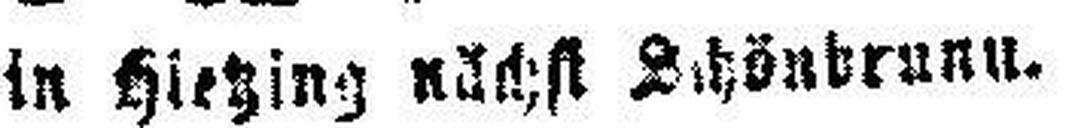
in hietzing nächst Schönbrunn.